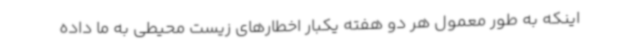
اینکه به طور معمول هر دو هفته یکبار اخطارهای زیست محیطی به ما داده